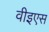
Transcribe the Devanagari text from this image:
वीइएस